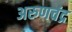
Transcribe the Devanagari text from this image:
अरुणचंद्र